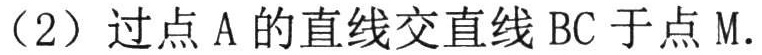
（2）过点 \(A\) 的直线交直线 \(BC\) 于点 \(M\).